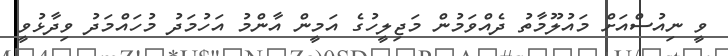
ވީ ނިއުސްއަށް މައުލޫމާތު ދެއްވަމުން މަޖިލީހުގެ އަމީން އާންމު އަހުމަދު މުހައްމަދު ވިދާޅުވީ